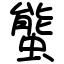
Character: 螚